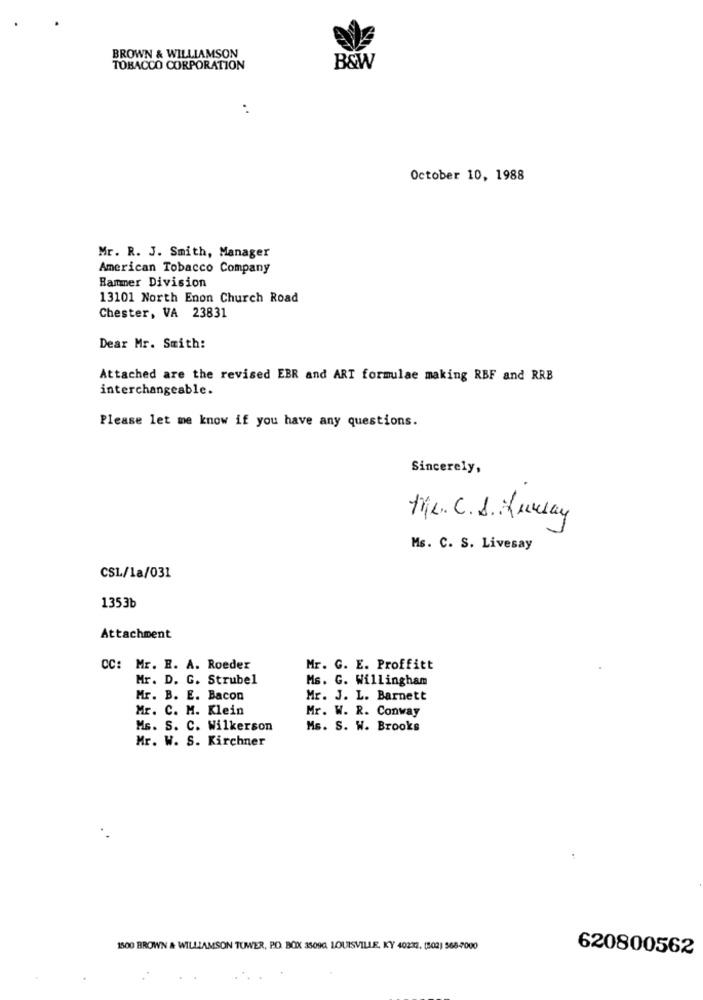
BROWN & WILLIAMSON
TOBACCO CORPORATION
B&W
October 10, 1988
Mr. R. J. Smith, Manager
American Tobacco Company
Rammer Division
13101 North Enon Church Road
Chester, VA 23831
Dear Mr. Smith:
Attached are the revised EBR and ART formulae making RBF and RRB
interchangeable.
Please let me know if you have any questions.
Sincerely,
the. C. S. Hursay
Ms. C. S. Livesay
CSL/18/031
1353b
Attachment
CC: Mr. B. A. Roeder
Mr. G. E. Proffitt
Mr. D. G. Strubel
Ms. G. Willingham
Mr. B. E. Bacon
Mr. J. L. Barnett
Mr. C. M. Klein
Mr. W. R. Conway
Ms. S. C. Wilkerson
Ms. S. W. Brooks
Mr. W. S. Kirchner
1500 BROWN & WILLIAMSON TUWER, PO. BOX 35090, LOUISVILLE, KY 40232. (502) 568-7000
620800562